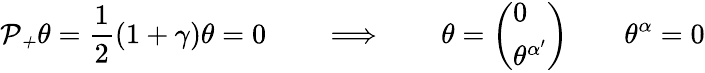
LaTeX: {\cal P_{+}}\theta={\frac{1}{2}}(1+\gamma)\theta=0\qquad\Longrightarrow\qquad\theta=\left(\begin{array}{l}{{0}}\\ {{\theta^{\alpha^{\prime}}}}\end{array}\right)\qquad\theta^{\alpha}=0